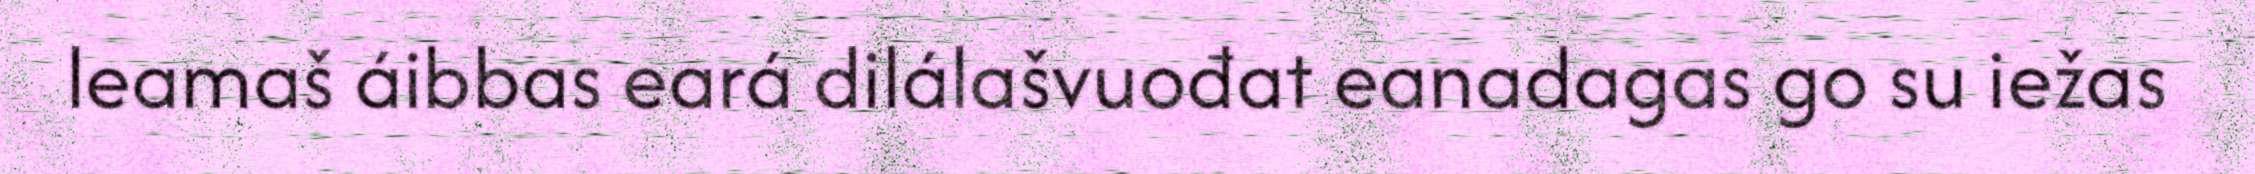
leamaš áibbas eará dilálašvuođat eanadagas go su iežas